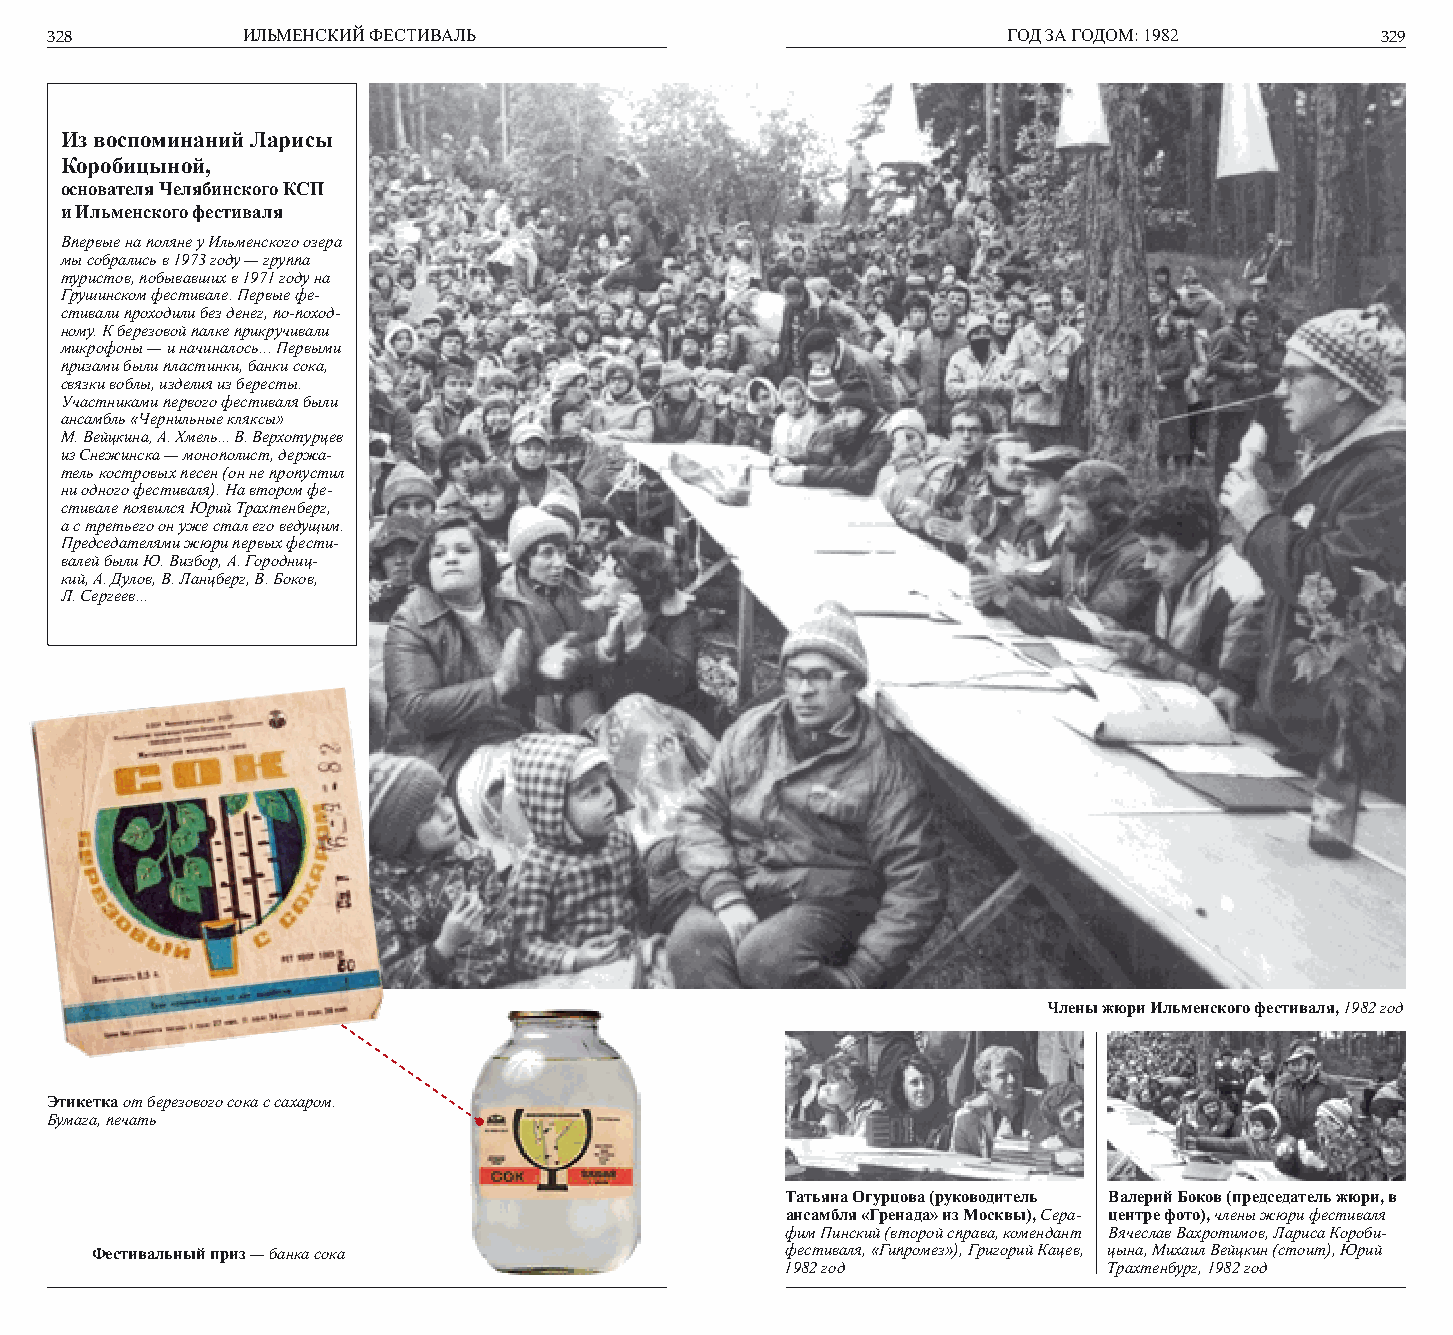
328          ИЛЬМЕНСКИЙ ФЕСТИВАЛЬ                               ГОД ЗА ГОДОМ: 1982      329
 Из воспоминаний Ларисы
 Коробицыной,
 основателя Челябинского КСП
 и Ильменского фестиваля
 Впервые на поляне у Ильменского озера
 мы собрались в 1973 году — группа
 туристов, побывавших в 1971 году на
 Грушинском фестивале. Первые фе-
 стивали проходили без денег, по-поход-
 ному. К березовой палке прикручивали
 микрофоны — и начиналось... Первыми
 призами были пластинки, банки сока,
 связки воблы, изделия из бересты.
 Участниками первого фестиваля были
 ансамбль «Чернильные кляксы»
 М. Вейцкина, А. Хмель... В. Верхотурцев
 из Снежинска — монополист, держа-
 тель костровых песен (он не пропустил
 ни одного фестиваля). На втором фе-
 стивале появился Юрий Трахтенберг,
 а с третьего он уже стал его ведущим.
 Председателями жюри первых фести-
 валей были Ю. Визбор, А. Городниц-
 кий, А. Дулов, В. Ланцберг, В. Боков,
 Л. Сергеев...
 Члены жюри Ильменского фестиваля, 1982 год
 Этикетка от березового сока с сахаром.
 Бумага, печать
 Татьяна Огурцова (руководитель Валерий Боков (председатель жюри, в
 ансамбля «Гренада» из Москвы), Сера- центре фото), члены жюри фестиваля
 фим Пинский (второй справа, комендант Вячеслав Вахротимов, Лариса Короби-
 Фестивальный приз — банка сока                фестиваля, «Гипромез»), Григорий Кацев, цына, Михаил Вейцкин (стоит), Юрий
 1982 год             Трахтенбург, 1982 год